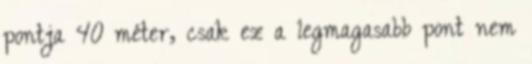
pontja 40 méter, csak ez a legmagasabb pont nem